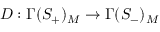
D : \Gamma ( S _ { + } ) _ { M } \rightarrow \Gamma ( S _ { - } ) _ { M }